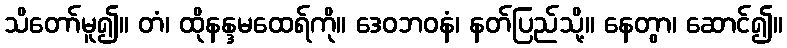
သိတော်မူ၍။ တံ၊ ထိုနန္ဒမထေရ်ကို။ ဒေဝဘဝနံ၊ နတ်ပြည်သို့။ နေတွာ၊ ဆောင်၍။